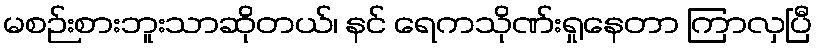
မစဉ်းစားဘူးသာဆိုတယ်၊ နင် ရေကသိုဏ်းရှုနေတာ ကြာလှပြီ